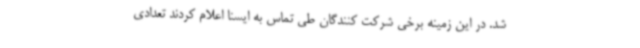
شد. در این زمینه برخی شرکت کنندگان طی تماس به ایسنا اعلام کردند تعدادی